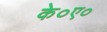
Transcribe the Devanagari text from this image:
के०ए०